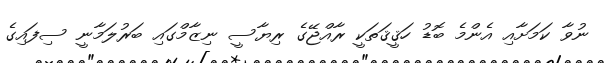
ނުވާ ކަމަށާއި އެންމެ ބޮޑު ހަޤީޤަތަކީ ރާއްޖޭގެ ރިޔާސީ ނިޒާމްގައި ބަރުލަމާނީ ސިފައިގެ